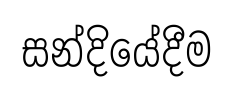
සන්දියේදීම